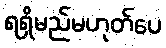
ရရှိမည်မဟုတ်ပေ